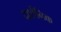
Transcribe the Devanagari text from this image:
दार्शनिक